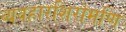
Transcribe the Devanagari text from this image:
व्यवहारशिरोमणि